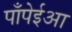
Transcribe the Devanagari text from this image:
पाँपेईआ